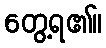
တွေ့ရ၏။